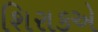
શિરાકએ